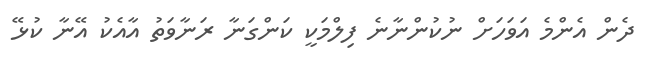
ދެން އެންމެ އަވަހަށް ނުކުންނާނެ ފިލްމަކީ ކަންގަނާ ރަނާވަތު އާއެކު އޭނާ ކުޅޭ